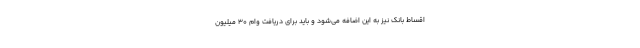
اقساط بانک نیز به این اضافه می‌شود و باید برای دریافت وام ۳۰ میلیون